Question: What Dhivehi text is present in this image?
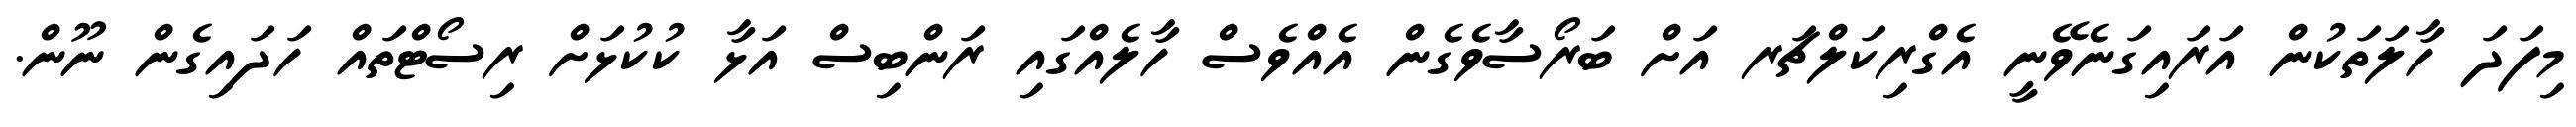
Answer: މިފަދަ ހާލަތަކުން އަރައިގަނެވޭނީ އެގްރިކަލްޗަރ އަށް ބަރޯސާވެގެން އެއްވެސް ހާލެއްގައި ރަންބިސް އަޅާ ކުކުޅަށް ރިސޯޓްތައް ހަދައިގެން ނޫން.